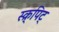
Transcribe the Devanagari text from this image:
स्क्र्पिट्